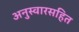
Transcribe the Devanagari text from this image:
अनुस्वारसहित